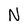
Character: N